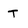
Character: T